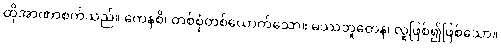
ထိုအာဏာစက်သည်။ ကေနစိ၊ တစ်စုံတစ်ယောက်သော။ မဿဘူတေန၊ လူဖြစ်၍ဖြစ်သော။